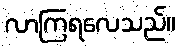
လာကြရလေသည်။